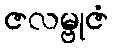
ဇလမ္ဗုဇံ